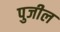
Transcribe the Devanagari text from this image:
पुजील